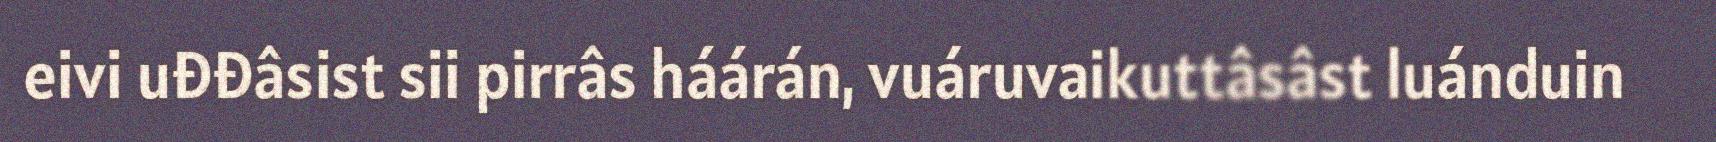
eivi uđđâsist sii pirrâs háárán, vuáruvaikuttâsâst luánduin